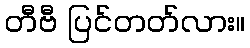
တီဗီ ပြင်တတ်လား။